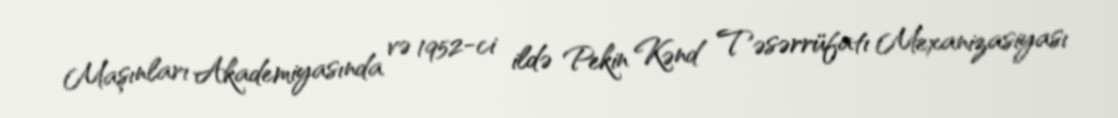
Maşınları Akademiyasında və 1952-ci ildə Pekin Kənd Təsərrüfatı Mexanizasiyası